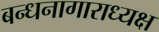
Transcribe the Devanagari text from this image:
बन्धनागाराध्यक्ष